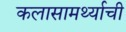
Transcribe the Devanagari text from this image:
कलासामर्थ्याची